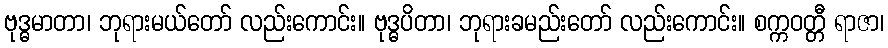
ဗုဒ္ဓမာတာ၊ ဘုရားမယ်တော် လည်းကောင်း။ ဗုဒ္ဓပိတာ၊ ဘုရားခမည်းတော် လည်းကောင်း။ စက္ကဝတ္တီ ရာဇာ၊